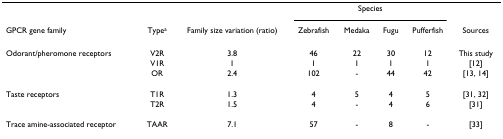
<table><thead><tr><td></td><td></td><td></td><td colspan="4"><b>Species</b></td><td></td></tr><tr><td><b>GPCR gene family</b></td><td><b>Type<sup>a</sup></b></td><td><b>Family size variation (ratio)</b></td><td><b>Zebrafish</b></td><td><b>Medaka</b></td><td><b>Fugu</b></td><td><b>Pufferfish</b></td><td><b>Sources</b></td></tr></thead><tbody><tr><td>Odorant/pheromone receptors</td><td>V2R</td><td>3.8</td><td>46</td><td>22</td><td>30</td><td>12</td><td>This study</td></tr><tr><td></td><td>V1R</td><td>1</td><td>1</td><td>1</td><td>1</td><td>1</td><td>[12]</td></tr><tr><td></td><td>OR</td><td>2.4</td><td>102</td><td>-</td><td>44</td><td>42</td><td>[13, 14]</td></tr><tr><td>Taste receptors</td><td>T1R</td><td>1.3</td><td>4</td><td>5</td><td>4</td><td>5</td><td>[31, 32]</td></tr><tr><td></td><td>T2R</td><td>1.5</td><td>4</td><td>-</td><td>4</td><td>6</td><td>[31]</td></tr><tr><td>Trace amine-associated receptor</td><td>TAAR</td><td>7.1</td><td>57</td><td>-</td><td>8</td><td>-</td><td>[33]</td></tr></tbody></table>